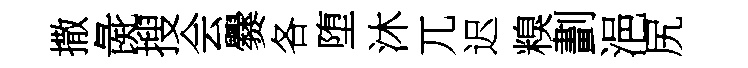
撒彘搜会爨各堕沐兀迟糗劃浥尻